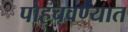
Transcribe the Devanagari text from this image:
पोहचवण्यात